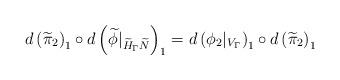
LaTeX: \begin{align*}d\left(\widetilde{\pi}_2\right)_1 \circ d\left(\widetilde{\phi}|_{\widetilde{H}_\Gamma\widetilde{N}}\right)_1 = d\left(\phi_2|_{V_\Gamma}\right)_1 \circ d\left(\widetilde{\pi}_2\right)_1\end{align*}